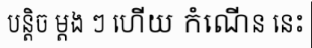
បន្តិច ម្តង ៗ ហើយ កំណើន នេះ